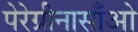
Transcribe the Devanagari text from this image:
पेरेग्रीनासाँओ